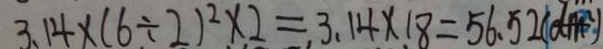
3 . 1 4 \times ( 6 \div 2 ) ^ { 2 } \times 2 = 3 . 1 4 \times 1 8 = 5 6 . 5 2 ( d m ^ { 2 } )